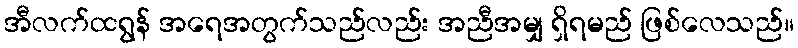
အီလက်ထရွန် အရေအတွက်သည်လည်း အညီအမျှ ရှိရမည် ဖြစ်လေသည်။